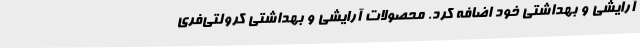
آرایشی و بهداشتی خود اضافه کرد. محصولات آرایشی و بهداشتی کرولتی‌فری